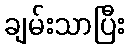
ချမ်းသာပြီး